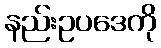
နည်းဥပဒေကို